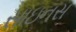
સાઇનસ